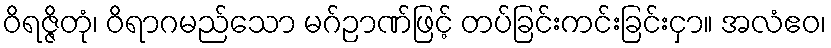
ဝိရဇ္ဇိတုံ၊ ဝိရာဂမည်သော မဂ်ဉာဏ်ဖြင့် တပ်ခြင်းကင်းခြင်းငှာ။ အလံဧဝ၊